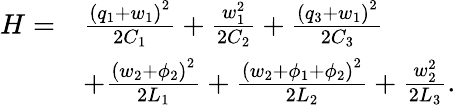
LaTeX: \begin{array}{rl}{H=}&{\frac{{\left(q_{1}+w_{1}\right)}^{2}}{2C_{1}}+\frac{w_{1}^{2}}{2C_{2}}+\frac{{\left(q_{3}+w_{1}\right)}^{2}}{2C_{3}}}\\ &{+\frac{{\left(w_{2}+\phi_{2}\right)}^{2}}{2L_{1}}+\frac{{\left(w_{2}+\phi_{1}+\phi_{2}\right)}^{2}}{2L_{2}}+\frac{w_{2}^{2}}{2L_{3}}.}\end{array}